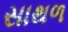
સાથળ